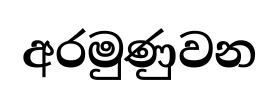
අරමුණුවන